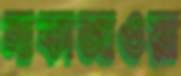
নাকাজাওয়া